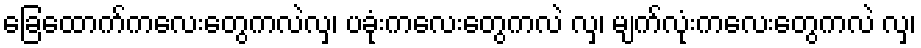
ခြေထောက်ကလေးတွေကလဲလှ၊ ပခုံးကလေးတွေကလဲ လှ၊ မျက်လုံးကလေးတွေကလဲ လှ၊